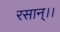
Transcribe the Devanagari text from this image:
रसान्।।